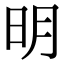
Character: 明